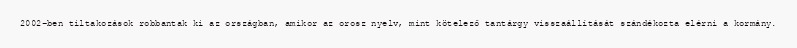
2002-ben tiltakozások robbantak ki az országban, amikor az orosz nyelv, mint kötelező tantárgy visszaállítását szándékozta elérni a kormány.